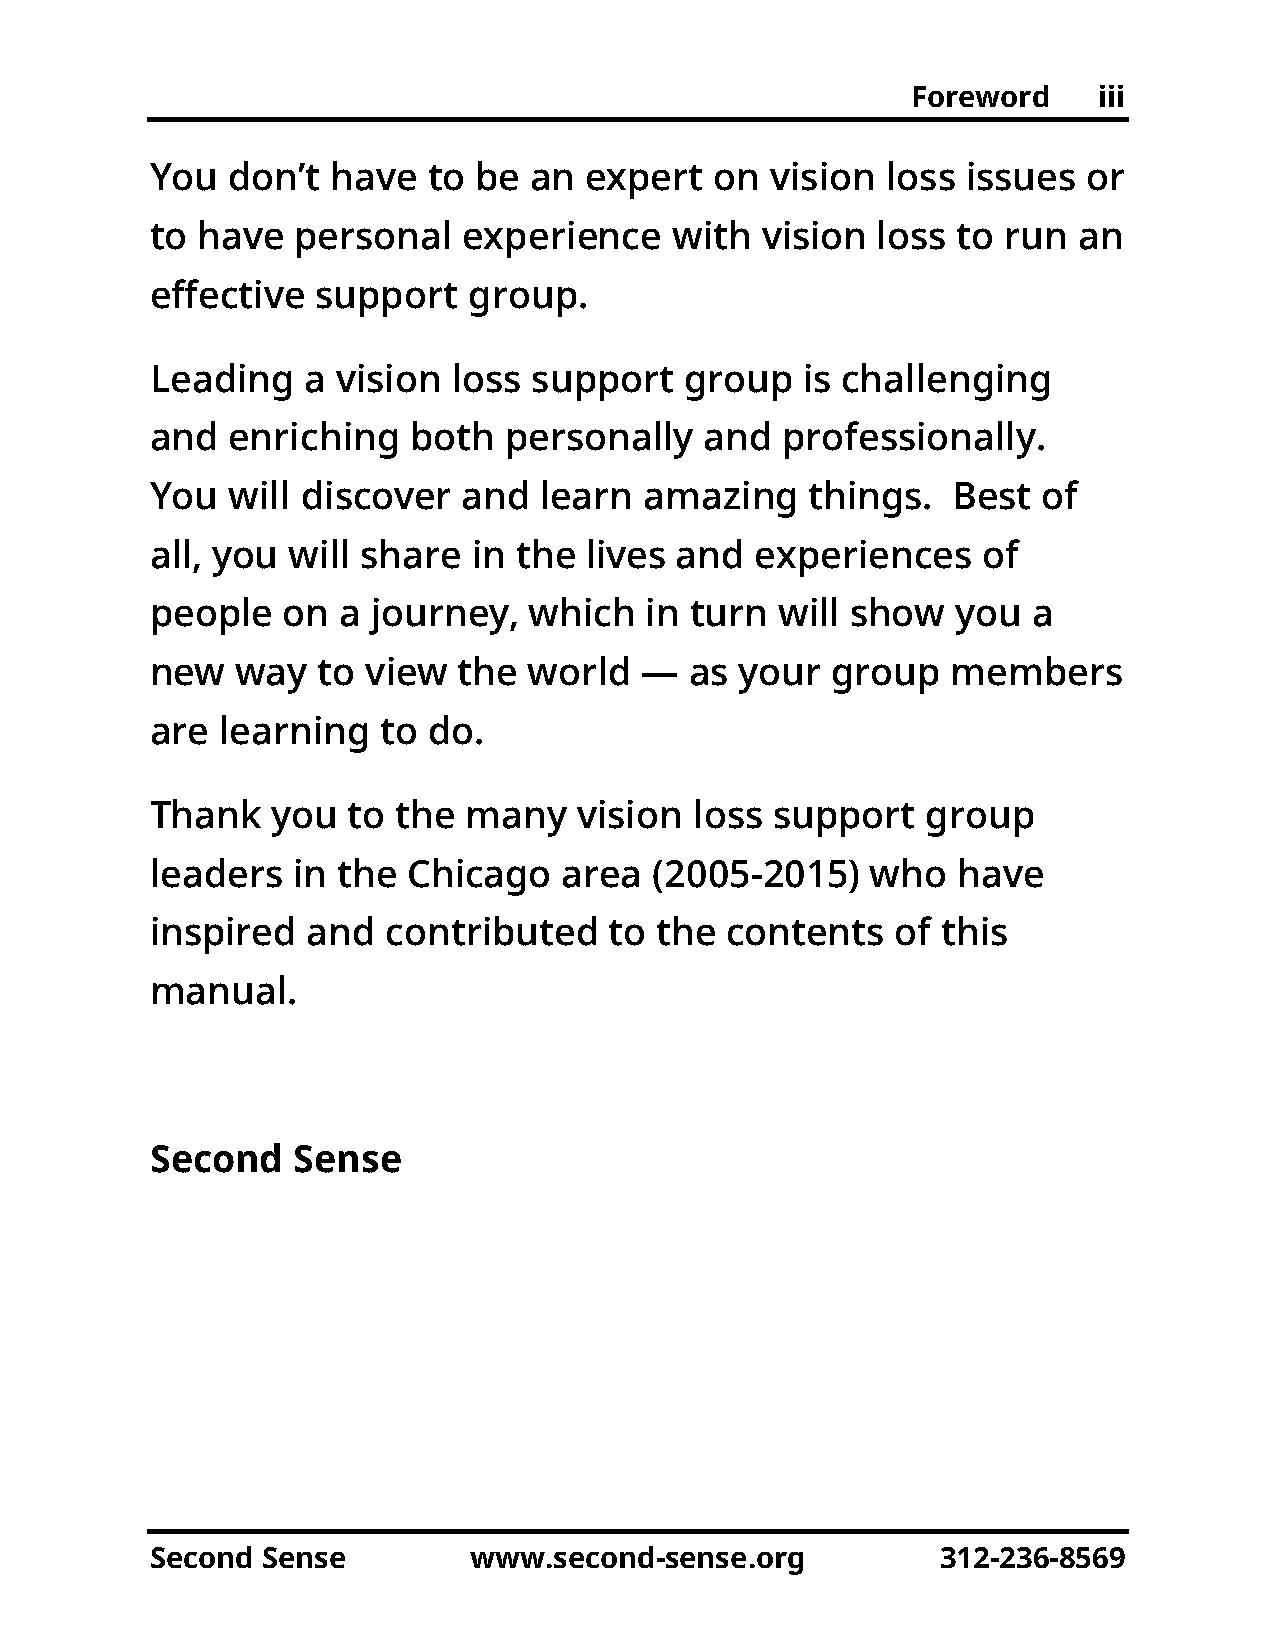
Foreword     iii
 You  don’t  have  to be  an  expert  on  vision  loss issues  or
 to have   personal   experience    with vision  loss to  run an
 effective  support   group.
 Leading   a vision  loss support   group   is challenging
 and  enriching   both  personally    and  professionally.
 You  will discover   and  learn  amazing    things.  Best  of
 all, you will share  in the  lives and  experiences    of
 people   on a  journey,  which   in turn  will show  you  a
 new   way  to view  the  world  —   as your  group   members
 are  learning  to do.
 Thank   you  to the  many   vision  loss support   group
 leaders  in the  Chicago   area  (2005-2015)    who  have
 inspired  and   contributed   to the  contents   of this
 manual.
 Second   Sense
 Second Sense         www.second-sense.org           312-236-8569